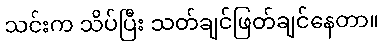
သင်းက သိပ်ပြီး သတ်ချင်ဖြတ်ချင်နေတာ။